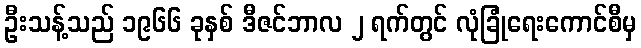
ဦးသန့်သည် ၁၉၆၆ ခုနှစ် ဒီဇင်ဘာလ ၂ ရက်တွင် လုံခြုံရေးကောင်စီမှ